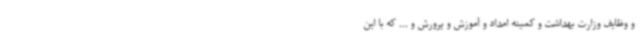
و وظایف وزارت بهداشت و کمیته امداد و آموزش و پرورش و ... که با این